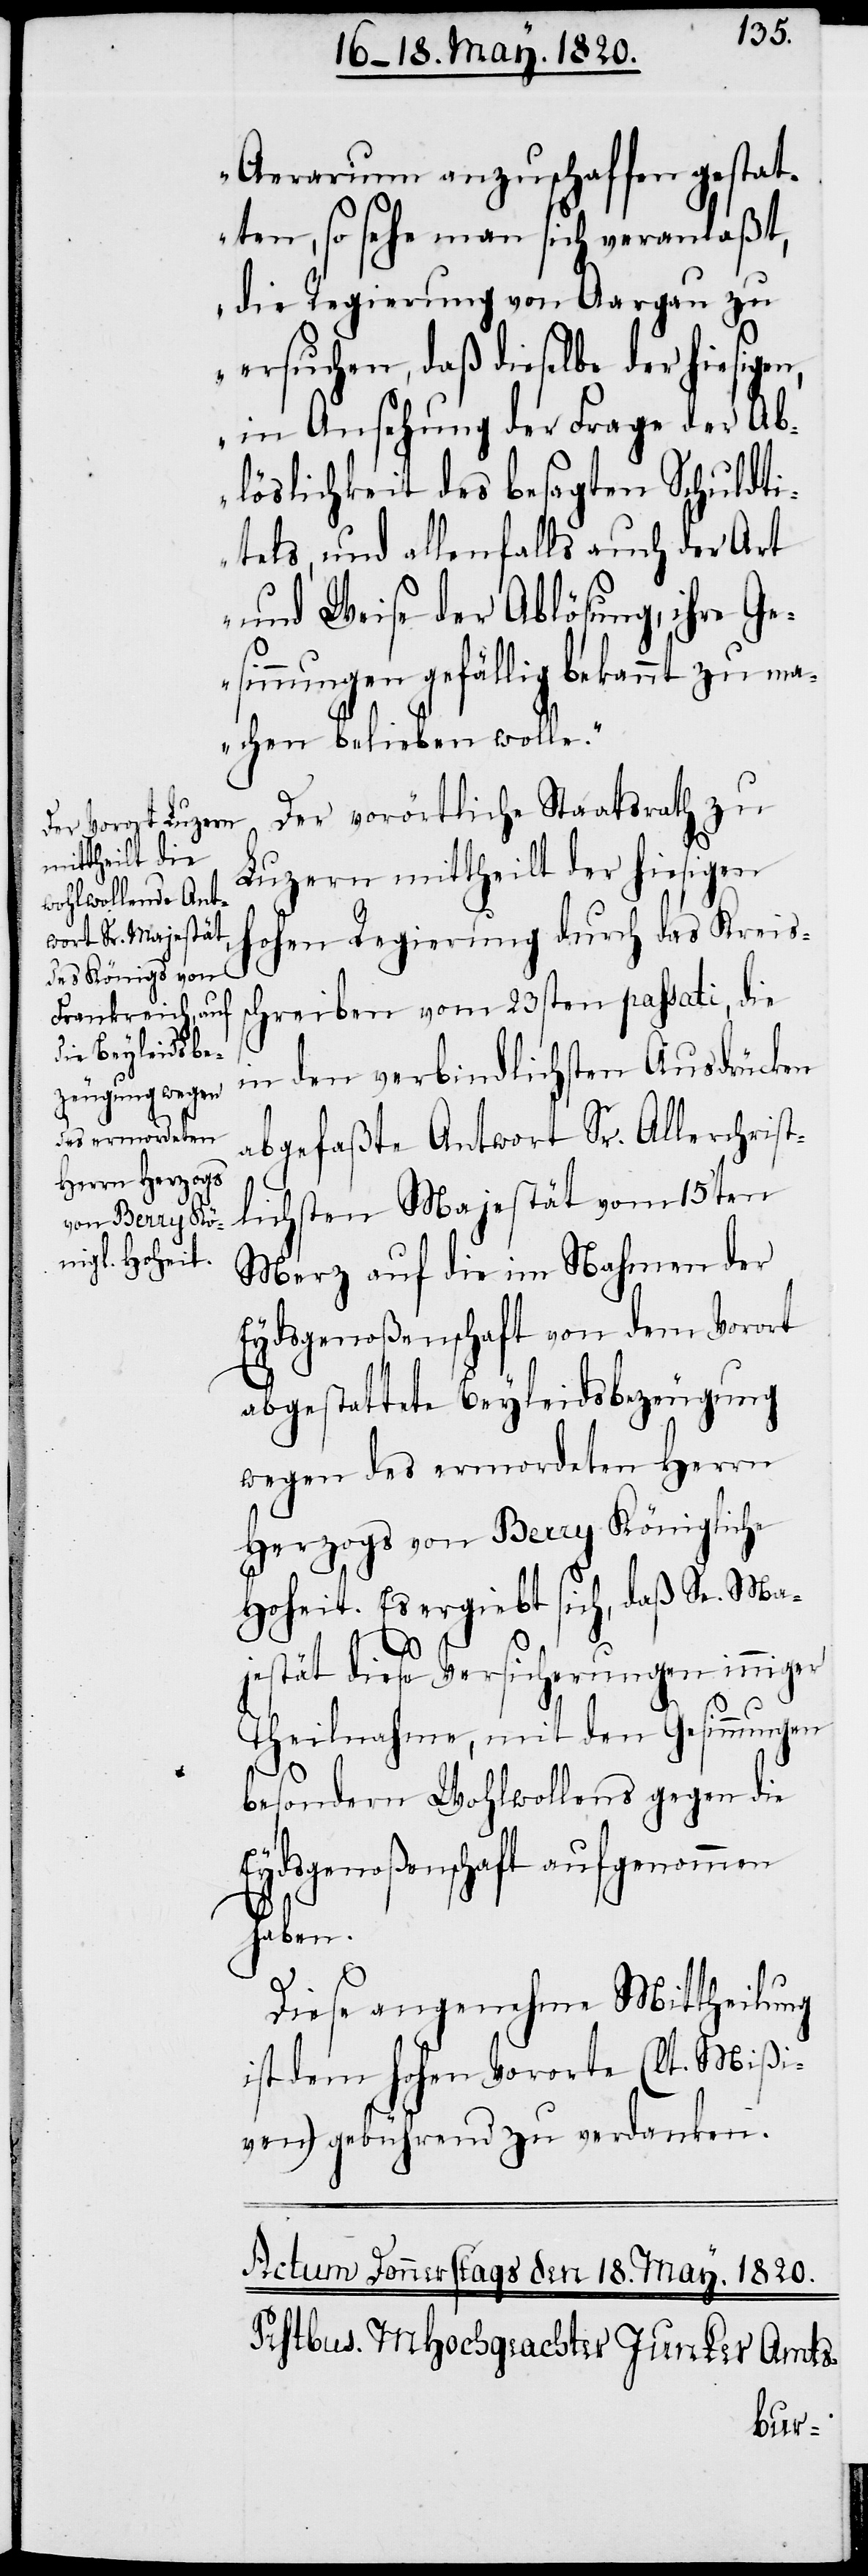
Aerarium anzuschaffen gestat¬
ten, so sehe man sich veranlaßt,
die Regierung von Aargau zu
ersuchen, daß dieselbe der hiesigen,
in Ansehung der Frage der Ab¬
löslichkeit des besagten Schuldti¬
tels, und allenfalls auch der Art
und Weise der Ablösung, ihre Ge¬
sinnungen gefällig bekannt zu m¬
achen belieben wolle.“
Der vorörtliche Staatsrath zu
Luzern mittheilt der hiesigen
ohen Regierung durch das Kreis¬
schreiben vom 23sten passati, die
in den verbindlichsten Ausdrücken
abgefaßte Antwort Sr. Allerchrist¬
lichsten Majestät vom 15ten
Merz auf die im Nahmen der
Eydsgenoßenschaft von dem Vorort
abgestattete Beyleidsbezeugung
wegen des ermordeten Herrn
Herzogs von Berry Königliche
Hoheit. Es ergiebt sich, daß Sr. Ma¬
jestät diese Versicherungen inniger
Teilnahme, mit den Gesinnungen
H¬
besondern Wohlwollens gegen die
Eydsgenoßenschaft aufgenommen
haben.
Diese angenehme Mittheilung
ist dem Hohen Vororte (lt. Mißi¬
ven) gebührend zu verdanken.